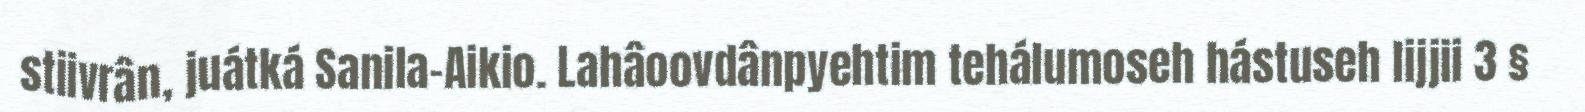
stiivrân, juátká Sanila-Aikio. Lahâoovdânpyehtim tehálumoseh hástuseh lijjii 3 §